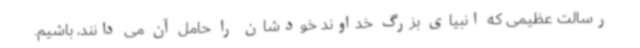
رسالت عظیمی که انبیای بزرگ خداوند خودشان را حامل آن می دانند، باشیم.